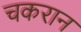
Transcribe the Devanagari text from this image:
चकरान